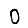
Digit: 0